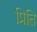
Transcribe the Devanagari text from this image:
प्रिति